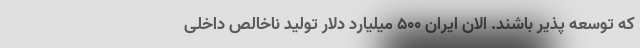
که توسعه پذیر باشند. الان ایران ۵۰۰ میلیارد دلار تولید ناخالص داخلی